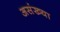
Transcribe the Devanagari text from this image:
असंख्या